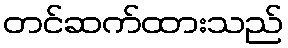
တင်ဆက်ထားသည်